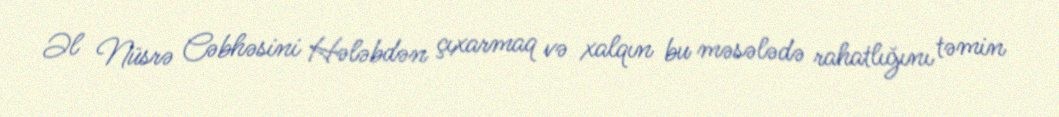
Əl Nüsrə Cəbhəsini Hələbdən çıxarmaq və xalqın bu məsələdə rahatlığını təmin